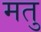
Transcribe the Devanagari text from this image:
मतु